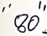
Text: "80"